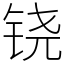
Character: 铙